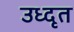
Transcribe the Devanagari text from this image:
उध्दृत